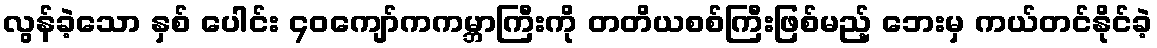
လွန်ခဲ့သော နှစ် ပေါင်း ၄၀ကျော်ကကမ္ဘာကြီးကို တတိယစစ်ကြီးဖြစ်မည့် ဘေးမှ ကယ်တင်နိုင်ခဲ့